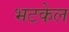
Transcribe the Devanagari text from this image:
भटकेल